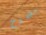
اشرح